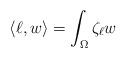
\begin{align*} \langle \ell,w\rangle=\int_\Omega \zeta_\ell w\end{align*}